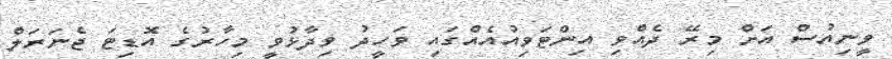
ވީނިއުސް އަށް މިރޭ ދެއްވި އިންޓަވިއުއެއްގައި ވަހީދު ވިދާޅުވީ މިހާރުގެ އޮޑިޓަ ޖެނަރަލް